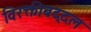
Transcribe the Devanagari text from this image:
विरक्तीबद्दल